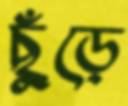
ছুঁড়ে